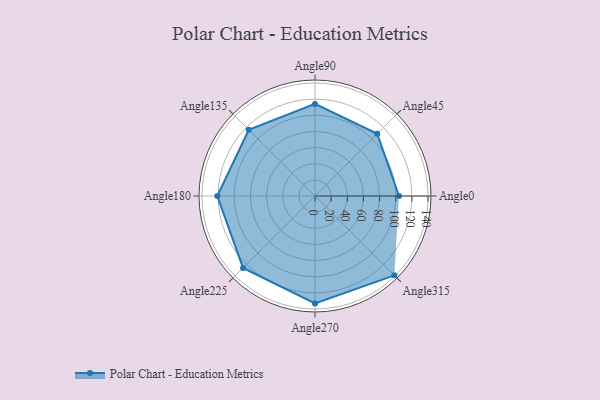
{"axis": {"x": "Angle", "y": "Radius"}, "legend": [""], "data": [{"x": "Angle0", "y": 104.0, "type": ""}, {"x": "Angle45", "y": 109.0, "type": ""}, {"x": "Angle90", "y": 114.0, "type": ""}, {"x": "Angle135", "y": 116.0, "type": ""}, {"x": "Angle180", "y": 121.0, "type": ""}, {"x": "Angle225", "y": 126.0, "type": ""}, {"x": "Angle270", "y": 133.0, "type": ""}, {"x": "Angle315", "y": 139.0, "type": ""}]}